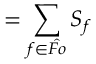
= \sum _ { f \in \hat { F o } } S _ { f }